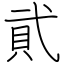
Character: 貮